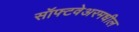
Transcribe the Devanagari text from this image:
सॉफ्टवेअरमधील